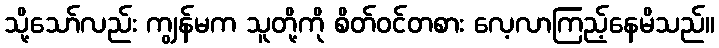
သို့သော်လည်း ကျွန်မက သူတို့ကို စိတ်ဝင်တစား လေ့လာကြည့်နေမိသည်။